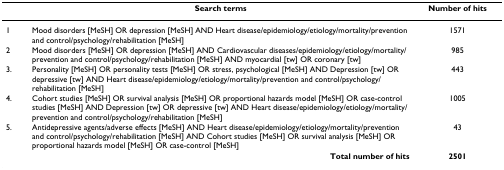
<table><thead><tr><td></td><td><b>Search terms</b></td><td><b>Number of hits</b></td></tr></thead><tbody><tr><td>1</td><td>Mood disorders [MeSH] OR depression [MeSH] AND Heart disease/epidemiology/etiology/mortality/prevention and control/psychology/rehabilitation [MeSH]</td><td>1571</td></tr><tr><td>2</td><td>Mood disorders [MeSH] OR depression [MeSH] AND Cardiovascular diseases/epidemiology/etiology/mortality/prevention and control/psychology/rehabilitation [MeSH] AND myocardial [tw] OR coronary [tw]</td><td>985</td></tr><tr><td>3.</td><td>Personality [MeSH] OR personality tests [MeSH] OR stress, psychological [MeSH] AND Depression [tw] OR depressive [tw] AND Heart disease/epidemiology/etiology/mortality/prevention and control/psychology/rehabilitation [MeSH]</td><td>443</td></tr><tr><td>4.</td><td>Cohort studies [MeSH] OR survival analysis [MeSH] OR proportional hazards model [MeSH] OR case-control studies [MeSH] AND Depression [tw] OR depressive [tw] AND Heart disease/epidemiology/etiology/mortality/prevention and control/psychology/rehabilitation [MeSH]</td><td>1005</td></tr><tr><td>5.</td><td>Antidepressive agents/adverse effects [MeSH] AND Heart disease/epidemiology/etiology/mortality/prevention and control/psychology/rehabilitation [MeSH] AND Cohort studies [MeSH] OR survival analysis [MeSH] OR proportional hazards model [MeSH] OR case-control [MeSH]</td><td>43</td></tr><tr><td colspan="2"><b>Total number of hits</b></td><td><b>2501</b></td></tr></tbody></table>